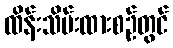
ထိန်းသိမ်းထားစဉ်တွင်